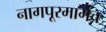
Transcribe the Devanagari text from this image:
नागपूरमार्गेच